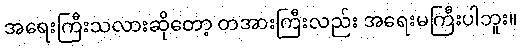
အရေးကြီးသလားဆိုတော့ တအားကြီးလည်း အရေးမကြီးပါဘူး။